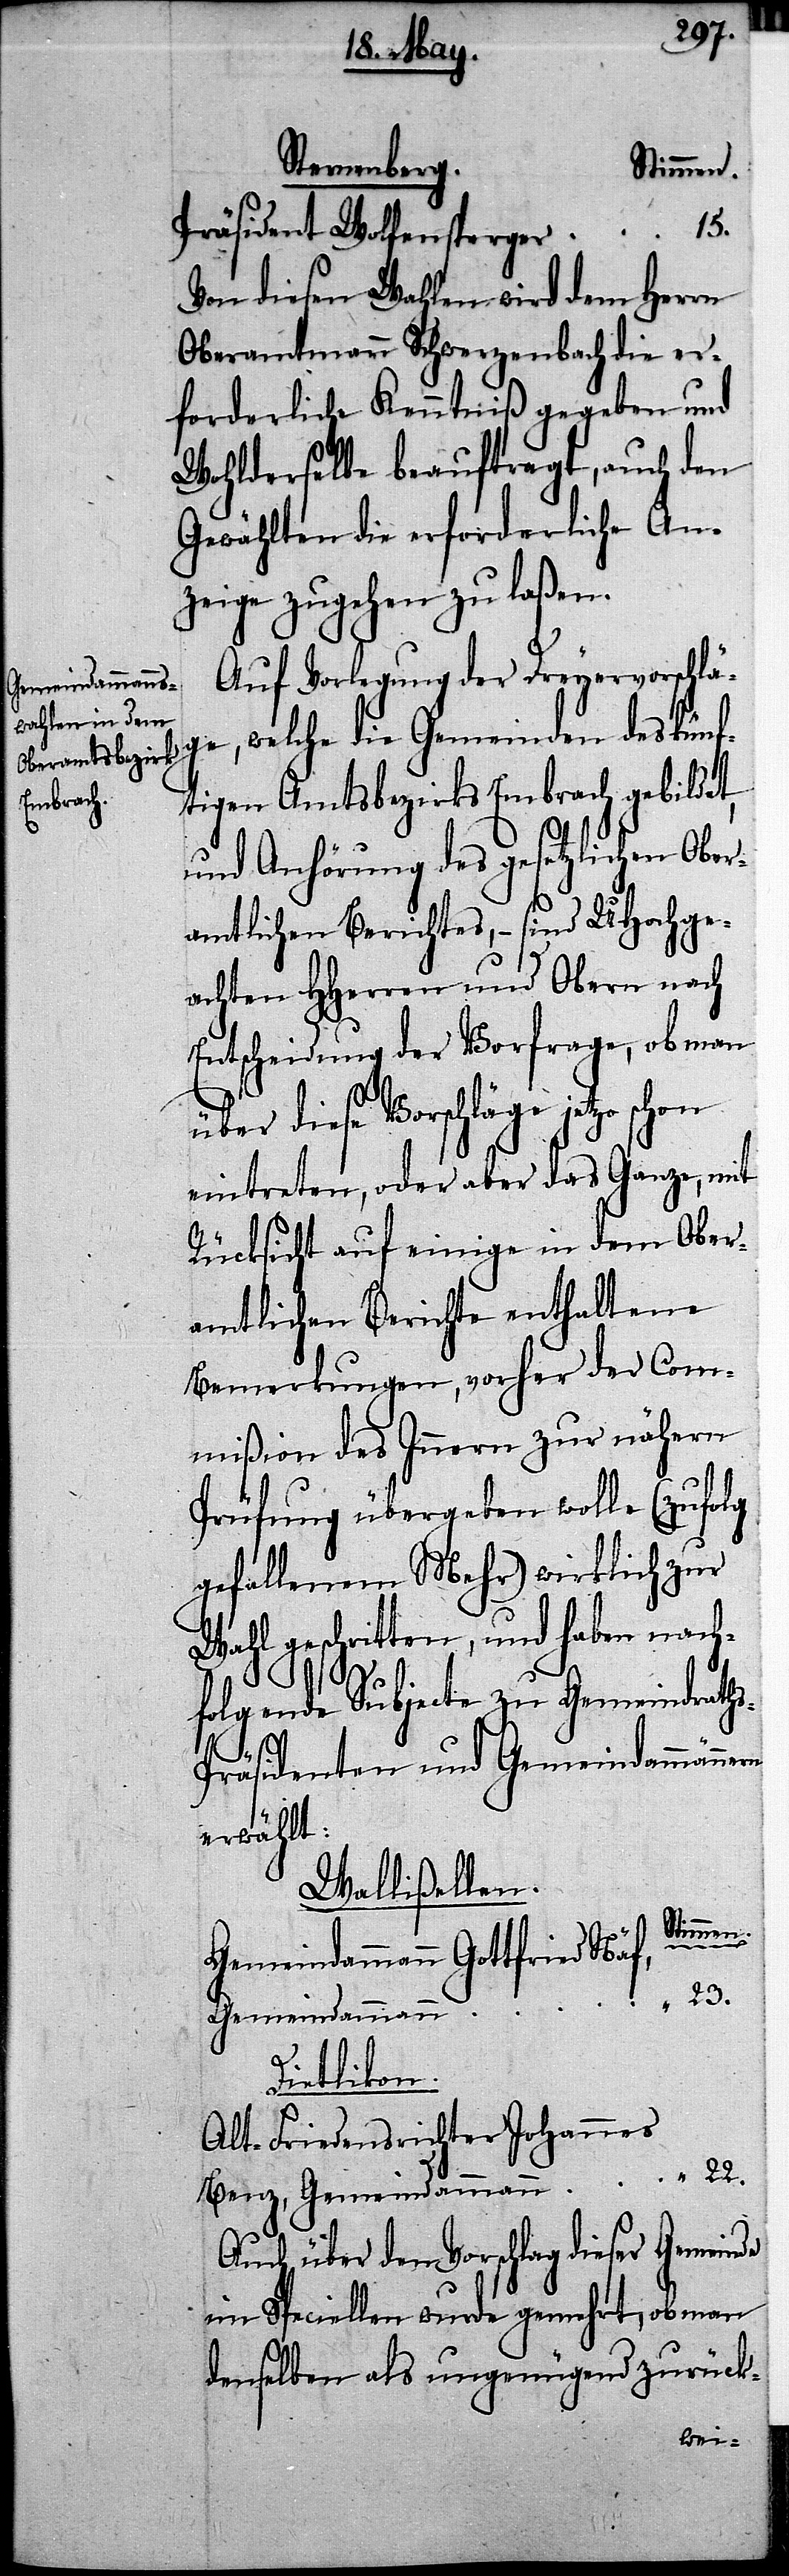
Sternenberg.
Stimmen
Präsident Wolfensperger
Von diesen Wahlen wird dem Herrn
Oberamtmann Schwerzenbach die er¬
forderliche Kenntniß gegeben und
Wohlderselbe beauftragt, auch den
Gewählten die erforderliche An¬
zeige zugehen zu laßen.
Auf Vorlegung der Dreyervorschlä¬
ge, welche die Gemeinden des künf¬
tigen Amtsbezirks Embrach gebildet,
und Anhörung des gesetzlichen Ober¬
amtlichen Berichtes, – sind UHochge¬
achten HHerren und Obern nach
Entscheidung der Vorfrage, ob man
über diese Vorschläge jetzo schon
eintreten, oder aber das Ganze, mit
Rücksicht auf einige in dem Ober¬
amtlichen Bericht enthaltene
Bemerkungen, vorher der Com¬
mißion des Innern zur nähern
Prüfung übergeben wolle (zufolg
gefallenem Mehr) wirklich zur
Wahl geschritten, und haben nach¬
folgende Subjecte zu Gemeindrath¬
22.
15.
s-Präsidenten und Gemeindammännern
erwählt:
Wallisellen.
Gemeindammann Gottfried Näf,
Gemeindammann
Dietlikon.
Alt-Friedensrichter Johannes
Auch über den Vorschlag dieser Gemeinde
im speciellen wurde gemehrt, ob man
denselben als ungenügend zurück-